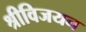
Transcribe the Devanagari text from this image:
श्रीविजयन